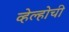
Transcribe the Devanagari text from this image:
व्हेल्होची